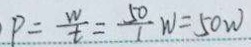
P = \frac { w } { t } = \frac { 5 0 } { 1 } w = 5 0 w